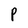
Character: P